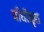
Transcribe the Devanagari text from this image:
बाँधीकृत